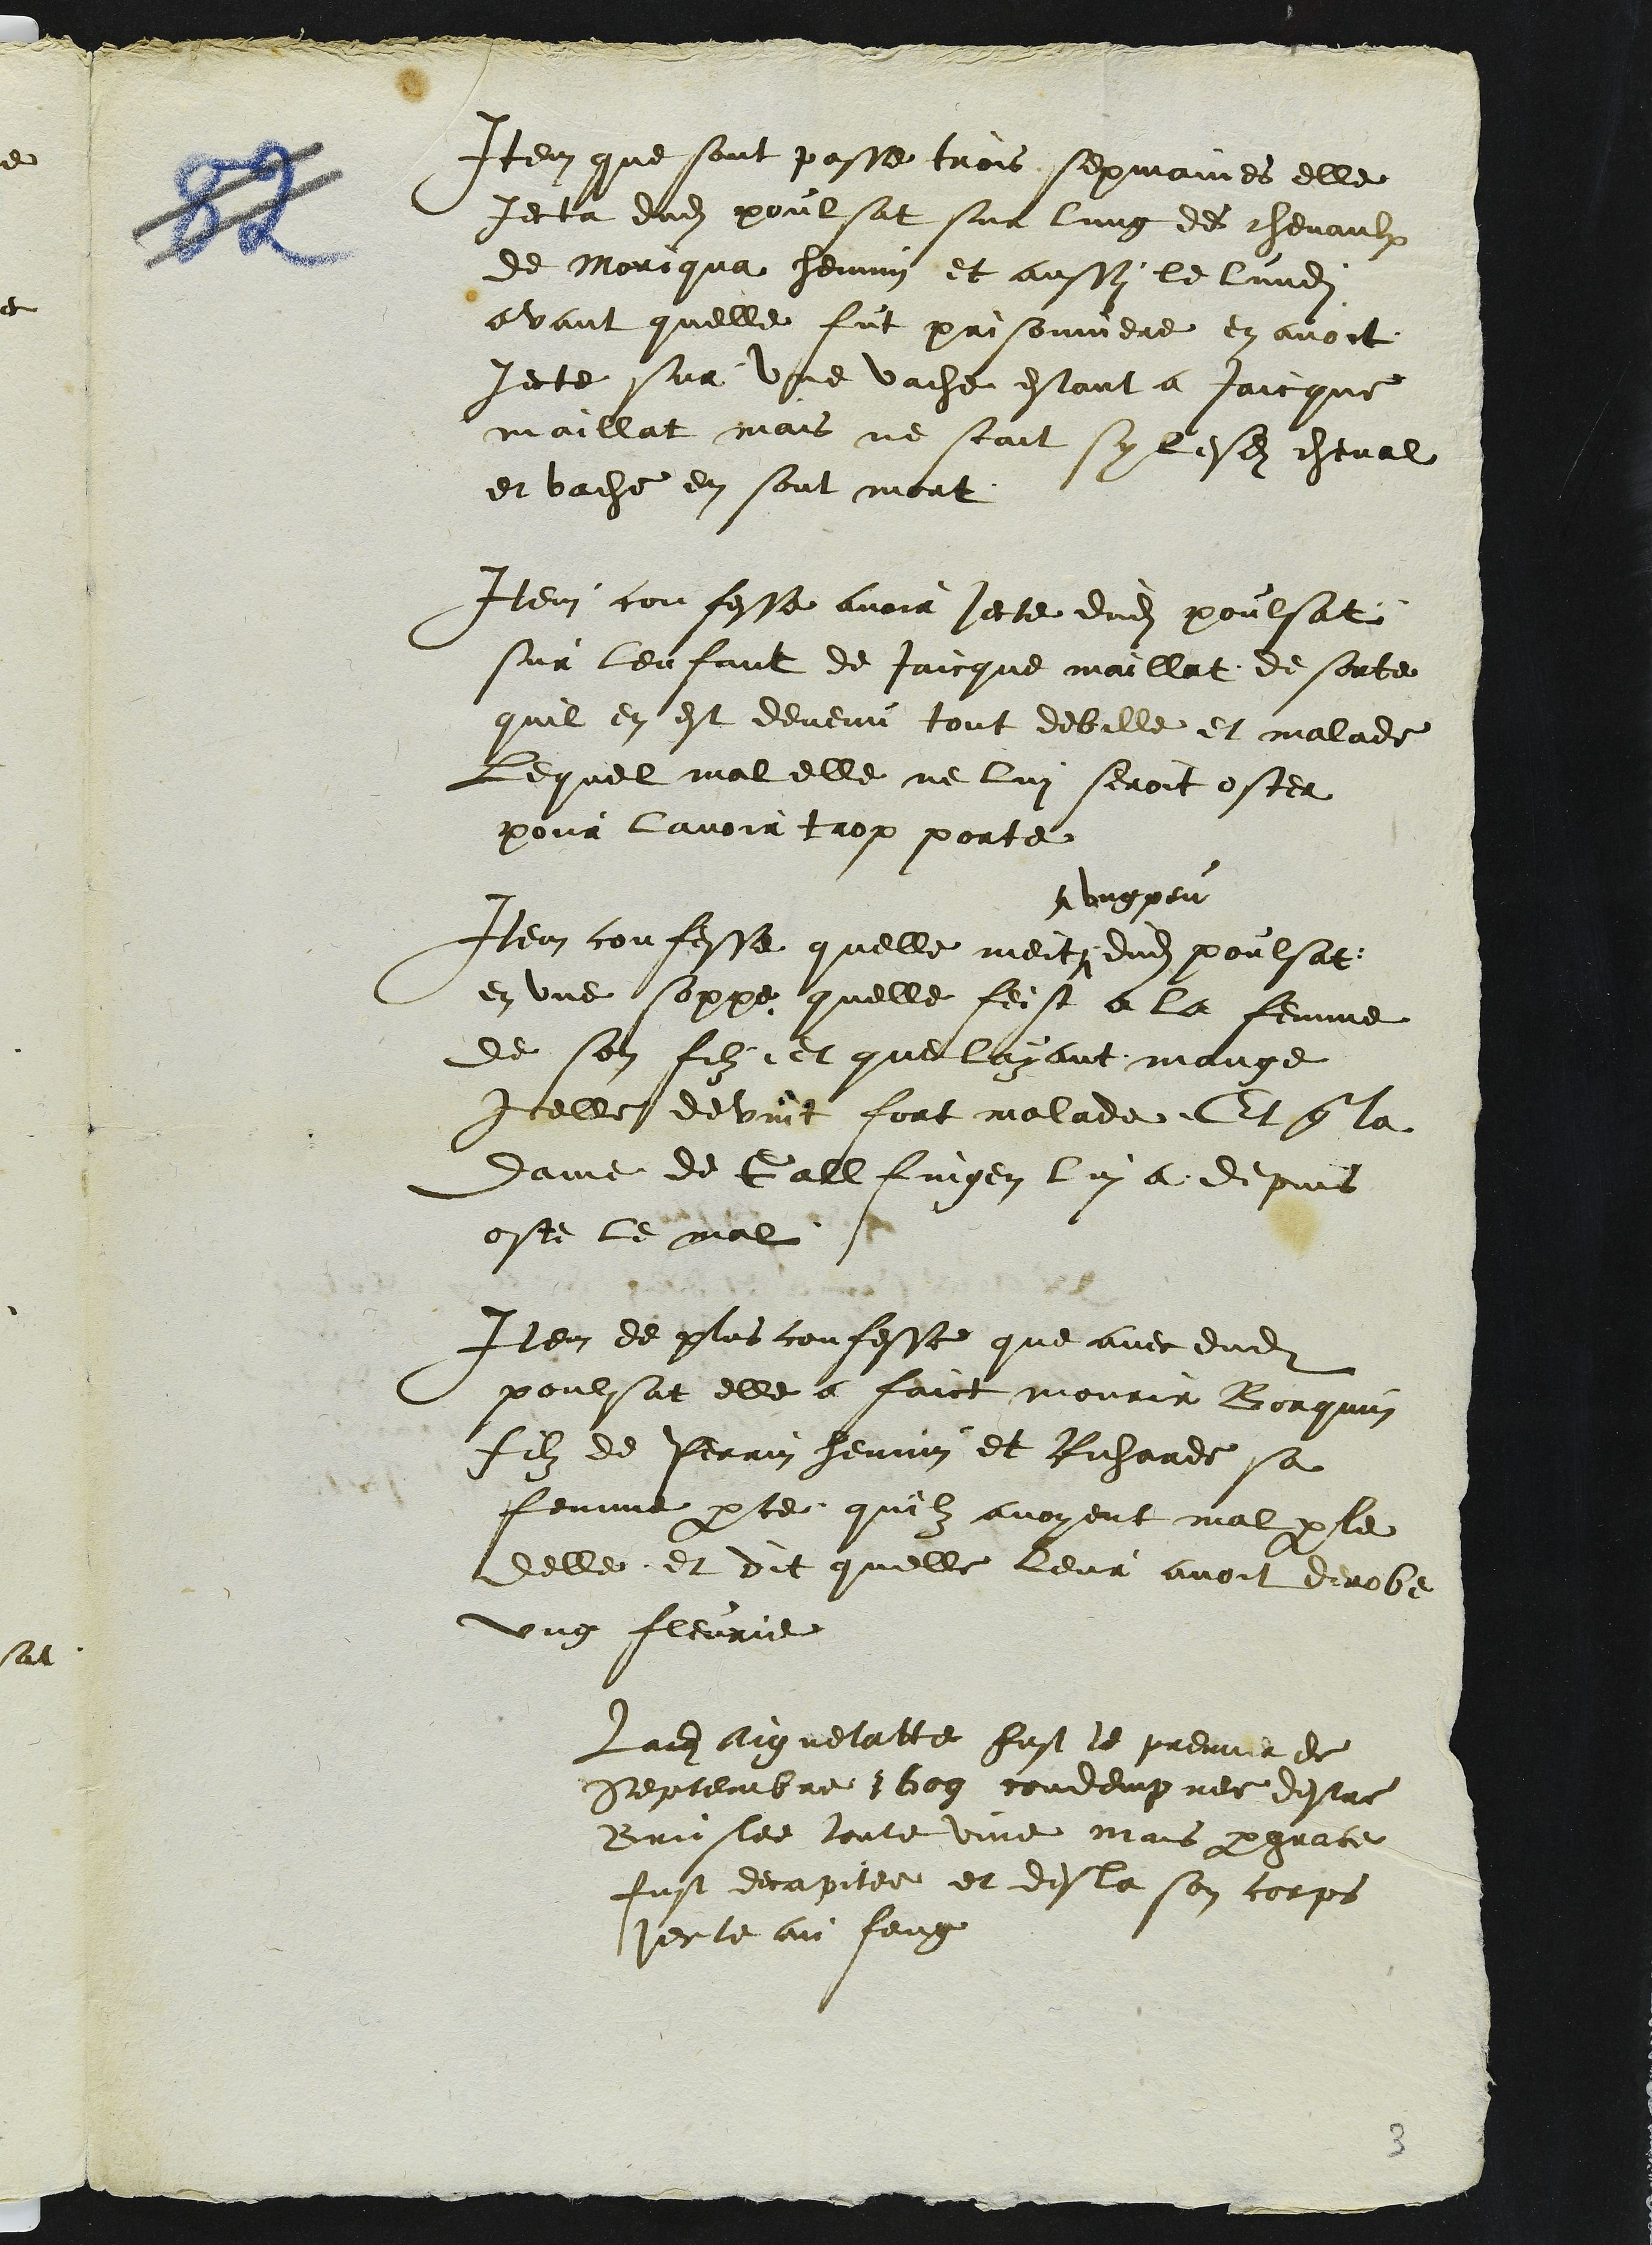
Item que sont passe trois sepmaines elle
Jecta dudit poulsat sur lung des chevaulx
de Moriqua hennin et aussi le lundi
avant quelle fut prisonniere en avoit
jecte sur une vache estant a Jaicque
maillat mais ne scait sy lesdits cheval
et vache en son mort
Item confesse avoir jecte dudit poulsat
sur lenfant de Jaicque maillat de sorte
quil en est devenu tout debille et malade
Lequel mal elle ne lui seroit oster
Pour lavoir trop porte
ung peu
Item confesse quelle meit dudit poulsat
en une soppe quelle feist a la femme
de son filz, et que layant mange
Icelle devint fort malade. Et que la
Dame de Gallfingen lui a depuis
oste le mal.
Item de plus confesse que avec dudit
poulsat elle a faict mourir Borquin
filz de Perrin hennin et Richarde sa
femme parce quilz avoyent mal parle
delle et dit quelle Leur avoit derobe
ung fleurie
Ladite Aignelatte fust le premier de
Septembre 1609 condempnee destre
Bruslee toute vive mais par grace
fust decapitee et desla son corps
jecte au feug